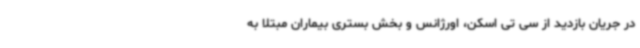
در جریان بازدید از سی تی اسکن، اورژانس و بخش بستری بیماران مبتلا به